Scientific memoirs by medical officers of the Army of India - Part II,
Year: 1886
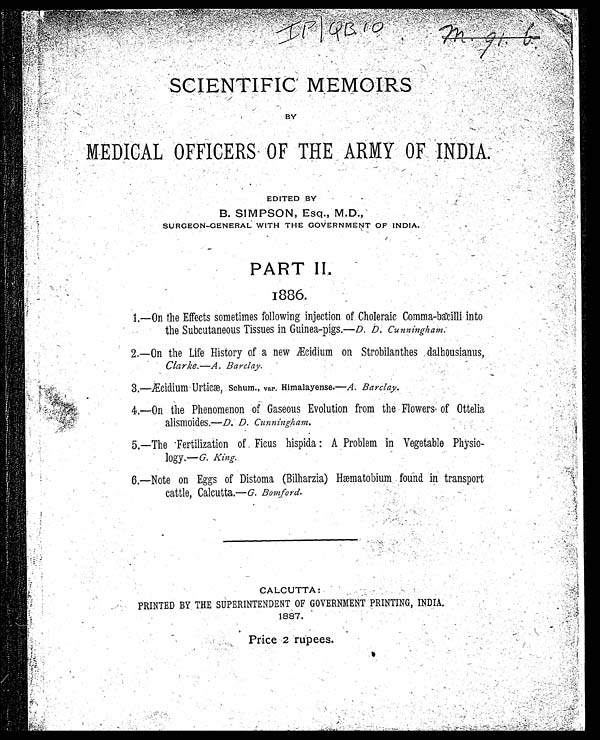
I P / Q B 1 0
SCIENTIFIC MEMORIES
BY MEDICAL OFFICERS OF THE ARMY OF INDIA.
EDITED BY
B. SIMPSON, Esq., M.D.,
SURGEON-GENERAL WITH THE GOVERNMENT OF INDIA.
PART II.
1886.
1.—On the Effects sometimes following injection of Choleraic Comma-bacilli into
the Subcutaneous Tissues in Guinea-pigs.—D. D. Cunningham.
2.—On the Life History of a new Æcidium on Strobilanthes dalhousianus,
Clarke.—A. Barclay.
3.—Æcidium Urticæ, Schum., var. Himalayense.—A. Barclay.
4.—On the Phenomenon of Gaseous Evolution from the Flowers of Ottelia
alismoides.—D. D. Cunningham.
5.—The Fertilization of Ficus hispida: A Problem in Vegetable Physio-
logy.—G. King
.
6.—Note on Eggs of Distoma (Bilharzia) Hæmatobium found in transport
cattle, Calcutta.—G. Bomford.
CALCUTTA:
PRINTED BY THE SUPERINTENDENT OF GOVERNMENT PRINTING, INDIA.
1887.
Price 2 rupees.